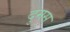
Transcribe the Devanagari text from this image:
दुमस